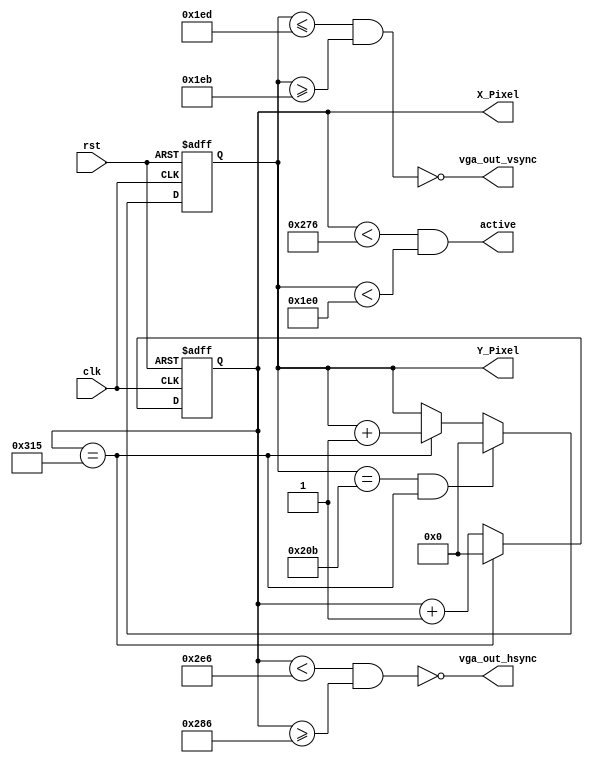
`timescale 1ns / 1ps
//////////////////////////////////////////////////////////////////////////////////
// Company: 
// Engineer: 
// 
// Design Name: 
// Module Name:    Sync_Controller 
// Project Name: 
// Target Devices: 
// Tool versions: 
// Description: 
//
// Dependencies: 
//
// Revision: 
// Revision 0.01 - File Created
// Additional Comments: 
//
//////////////////////////////////////////////////////////////////////////////////
module Sync_Controller(
    input clk,
    input rst,
    output vga_out_hsync,
    output vga_out_vsync,
    output [9:0] X_Pixel,
    output [9:0] Y_Pixel,
	 output active
    );

localparam HActive = 10'd630;
localparam HBack = 10'd48;		//48
localparam HFront = 10'd16;
localparam HSync = 10'd96;		//96
localparam VActive = 10'd480;
localparam VBack = 10'd31;
localparam VFront = 10'd11;
localparam VSync = 10'd2;		//2

reg [9:0] Count_X;
reg [9:0] Count_Y;
wire H_MAX = (Count_X == (HActive + HBack + HFront + HSync - 1'b1) );
wire V_MAX = (Count_Y == (VActive + VBack + VFront + VSync - 1'b1) );

always @ (posedge clk or posedge rst)	begin
	if (rst)
		Count_X <= 10'b0; 
	else if (H_MAX)
		Count_X <= 10'b0;
	else
		Count_X <= Count_X + 1'b1;
end

always @ (posedge clk or posedge rst) begin
	if (rst)
		Count_Y <= 10'b0;
	else if (V_MAX && H_MAX)
		Count_Y <= 10'b0;
	else if (H_MAX)
		Count_Y <= Count_Y + 1'b1;
	else
		Count_Y <= Count_Y; 
end
/*
reg VGA_H, VGA_V;
always @ (posedge clk) begin
VGA_H <= (Count_X < HActive + HFront + HSync && Count_X >= HActive + HFront);		//when VGA_H is low
VGA_V <= (Count_Y <= (VActive + VFront + VSync) && Count_Y >= (VActive + VFront) );	//when VGA_H is high
end
*/
assign vga_out_hsync = ~(Count_X < HActive + HFront + HSync && Count_X >= HActive + HFront);
assign vga_out_vsync = ~(Count_Y <= (VActive + VFront + VSync) && Count_Y >= (VActive + VFront) );

assign X_Pixel = Count_X;
assign Y_Pixel = Count_Y;

wire ActiveH = (Count_X < HActive);
wire ActiveV = (Count_Y < VActive);
assign active = ActiveH && ActiveV;

endmodule